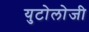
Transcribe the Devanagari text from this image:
युटोलोजी